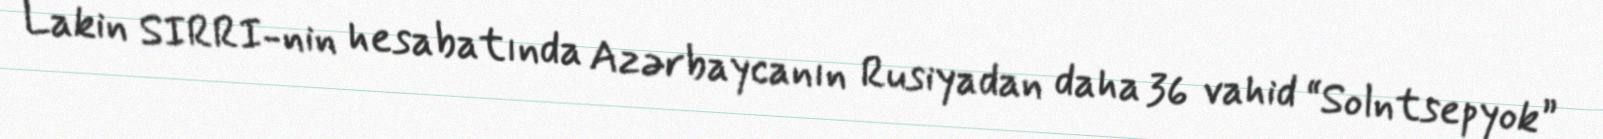
Lakin SIRRI-nin hesabatında Azərbaycanın Rusiyadan daha 36 vahid “Solntsepyok”